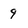
Character: 9